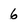
Character: 6